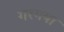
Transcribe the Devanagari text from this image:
गरगया